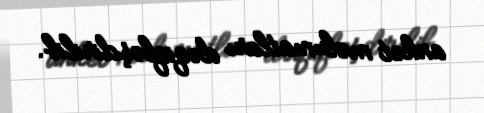
anket məlumatları dəqiqləşdirilib.